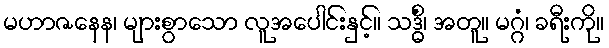
မဟာဇနေန၊ များစွာသော လူအပေါင်းနှင့်။ သဒ္ဓိံ၊ အတူ။ မဂ္ဂံ၊ ခရီးကို။